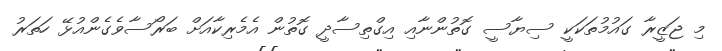
މި ޖަޒީރާ ގައުމުތަކަކީ ސިޔާސީ ގޮތުންނާއި އިގްތިސާދީ ގޮތުން އެމެރިކާއަށް ބަރޯސާވެގެންއުޅޭ ހަތަރު